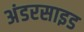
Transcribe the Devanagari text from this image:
अंडरसाइड